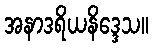
အနာဒရိယနိဒ္ဒေသ။